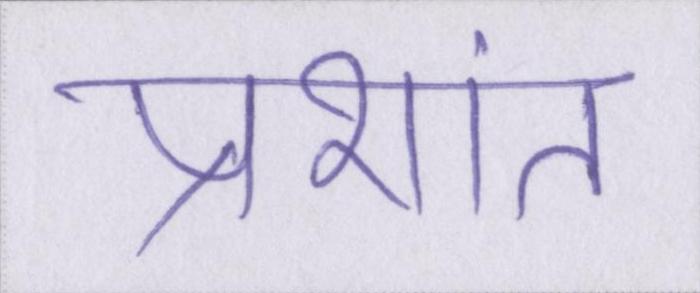
प्रशांत